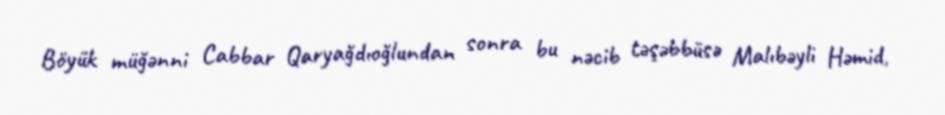
Böyük müğənni Cabbar Qaryağdıoğlundan sonra bu nəcib təşəbbüsə Malıbəyli Həmid,